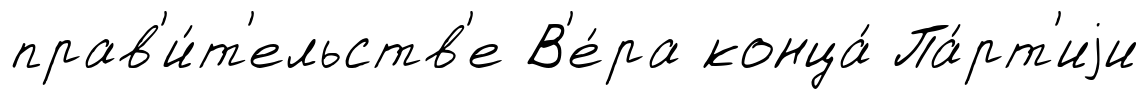
прав'и́т'ельств'е В'е́ра конца́ Па́рт'иjи